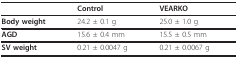
<table><thead><tr><td></td><td><b>Control</b></td><td><b>VEARKO</b></td></tr></thead><tbody><tr><td><b>Body weight</b></td><td>24.2 ± 0.1 g</td><td>25.0 ± 1.0 g</td></tr><tr><td><b>AGD</b></td><td>15.6 ± 0.4 mm</td><td>15.5 ± 0.5 mm</td></tr><tr><td><b>SV weight</b></td><td>0.21 ± 0.0047 g</td><td>0.21 ± 0.0067 g</td></tr></tbody></table>